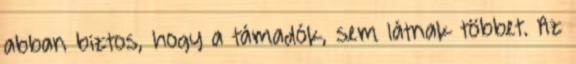
abban biztos, hogy a támadók, sem látnak többet. Az